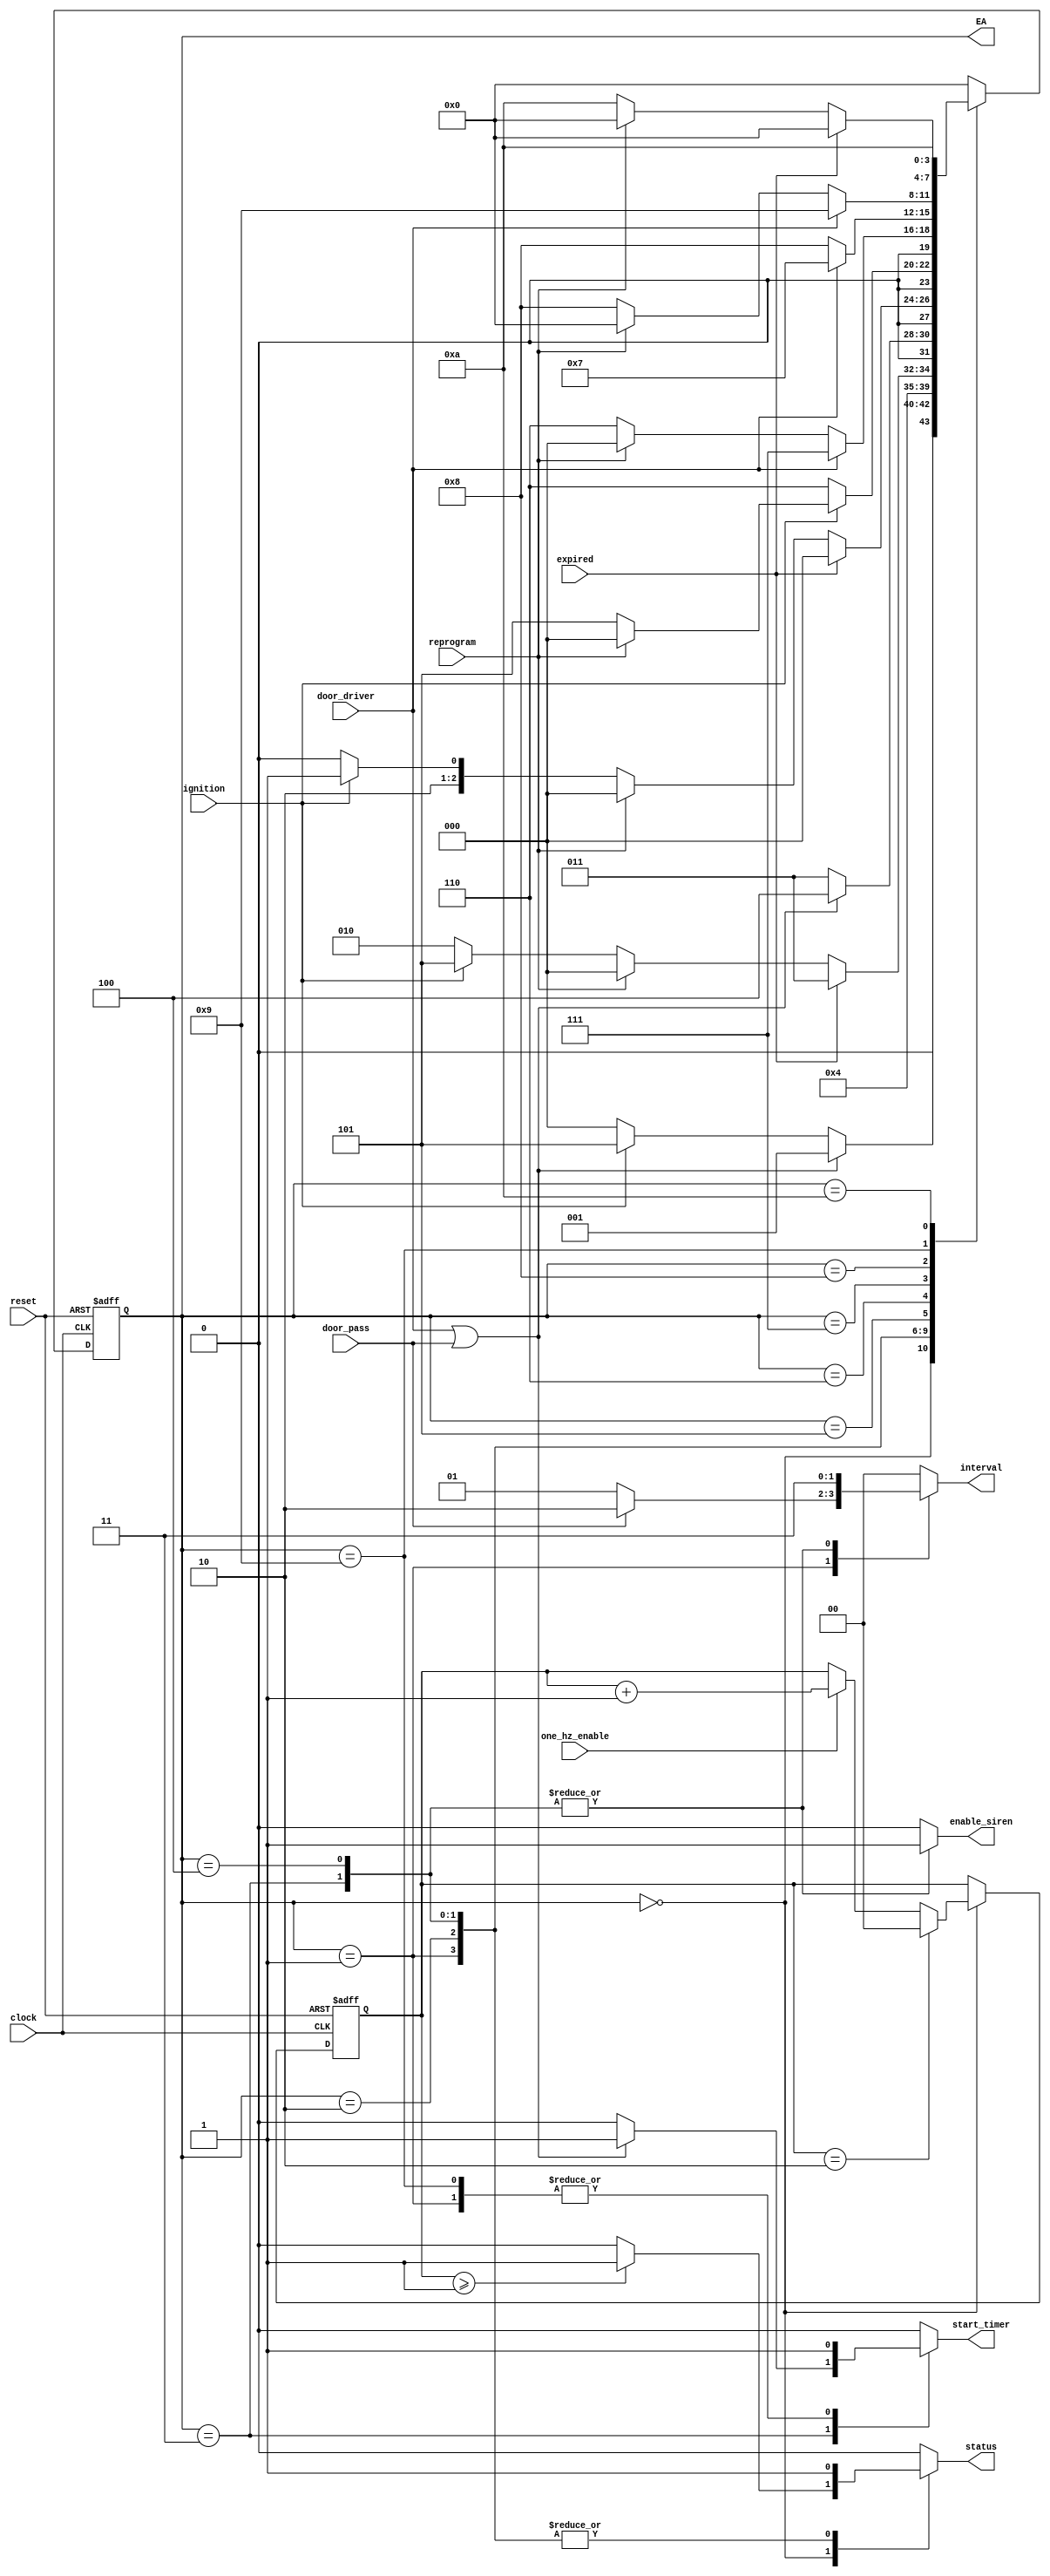
`define ARMED 4'b0000
`define TRIGGERED 4'b0001
`define WAIT_EXPIRED_TRIG 4'b0010
`define ACTIVATE_ALARM 4'b0011
`define WAIT_EXPIRED_ALARM 4'b0100
`define DISARMED 4'b0101
`define WAIT_OPEN 4'b0110
`define WAIT_INTERMED 4'b0111
`define WAIT_CLOSE 4'b1000
`define TRIG_TIME_ARM 4'b1001
`define WAIT_TIME_ARM 4'b1010

module fsm (
    input clock, reset,
    input ignition, door_driver, door_pass, reprogram, expired, one_hz_enable,
    output reg status, enable_siren, start_timer,
    output reg [1:0] interval,
    output reg [3:0] EA
);

reg [3:0] PE;
reg [1:0] aux;
reg door_aux;

always @(posedge clock, posedge reset) begin
    if (reset) begin
        EA <= `ARMED;
        aux <= 2'b00;
    end
    else begin
        EA <= PE;
        if (EA == `ARMED) begin
            if (aux == 2'b10) begin
                aux <= 2'b00;
            end
            else if (one_hz_enable) begin
                aux <= aux + 1;
            end
        end
    end    
end

always @(*) begin
    case (EA)

        `ARMED: begin
            if (door_pass || door_driver) begin
                PE = `TRIGGERED;
            end
            else if (ignition) begin
                PE = `DISARMED;
            end
            else begin
                PE = `ARMED;
            end    
        end

        `TRIGGERED: begin
            PE = `WAIT_EXPIRED_TRIG;
        end

        `WAIT_EXPIRED_TRIG: begin
            if (expired) begin
                PE = `ACTIVATE_ALARM;
            end
            else if (reprogram) begin
                PE = `ARMED;
            end
            else if (ignition) begin
                PE = `DISARMED;
            end
            else begin
                PE = `WAIT_EXPIRED_TRIG;
            end                        
        end 

        `ACTIVATE_ALARM: begin
            if (door_driver || door_pass) begin
                PE = `WAIT_EXPIRED_ALARM;
            end
            else begin
                PE = `ACTIVATE_ALARM;
            end
        end

        `WAIT_EXPIRED_ALARM: begin
            if (expired) begin
                PE = `ARMED;
            end
            else if (reprogram) begin
                PE = `ARMED;
            end            
            else if (ignition) begin
                PE = `DISARMED;
            end
            else begin
                PE = `WAIT_EXPIRED_ALARM;
            end   
        end

        `DISARMED: begin
            if (!ignition) begin
                PE = `WAIT_OPEN;
            end
            else if (reprogram) begin
                PE = `ARMED;
            end            
            else begin
                PE = `DISARMED;
            end
        end          

        `WAIT_OPEN: begin
            if (door_driver) begin
                PE = `WAIT_INTERMED;
            end
            else if (reprogram) begin
                PE = `ARMED;
            end            
            else begin
                PE = `WAIT_OPEN;
            end
        end

        `WAIT_INTERMED: begin
            if (!door_driver) begin
                PE = `WAIT_CLOSE;
            end           
            else begin
                PE = `WAIT_INTERMED;
            end            
        end

        `WAIT_CLOSE: begin
            if (door_driver) begin
                PE = `TRIG_TIME_ARM;
            end
            else if (reprogram) begin
                PE = `ARMED;
            end            
            else begin
                PE = `WAIT_CLOSE;
            end
        end

        `TRIG_TIME_ARM: begin
            PE = `WAIT_TIME_ARM;
        end        

        `WAIT_TIME_ARM: begin
            if (expired) begin
                PE = `ARMED;
            end
            else if (reprogram) begin
                PE = `ARMED;
            end
            else begin
                PE = `WAIT_TIME_ARM;
            end
        end

        default: PE = `ARMED;

    endcase 
end

always @(*) begin
    case (EA)

        `ARMED: begin
            if (aux >= 2'b01) begin
                status = 1'b1;
            end
            else begin
                status = 1'b0;
            end
            enable_siren = 1'b0;
            start_timer = 1'b0;
            interval = 2'b00;
        end

        `TRIGGERED: begin
            if (door_pass) begin
                interval = 2'b10;
            end
            else begin
                interval = 2'b01;
            end
            status = 1'b1;
            enable_siren = 1'b0;
            start_timer = 1'b1;
        end
        
        `WAIT_EXPIRED_TRIG: begin
            enable_siren = 1'b0;
            start_timer = 1'b0;
            interval = 2'b00;
            status = 1'b1;    
        end

        `ACTIVATE_ALARM: begin
            if (door_driver || door_pass) begin
                start_timer = 1'b1;
            end
            else begin
                start_timer = 1'b0;
            end
            status = 1'b1;
            enable_siren = 1'b1;
            interval = 2'b11;
        end
        
        `WAIT_EXPIRED_ALARM: begin
            status = 1'b1;
            enable_siren = 1'b1;
            start_timer = 1'b0;
            interval = 2'b11;    
        end

        `DISARMED: begin
            status = 1'b0;
            enable_siren = 1'b0;
            start_timer = 1'b0;
            interval = 2'b00;
        end          

        `WAIT_OPEN: begin
            status = 1'b0;
            enable_siren = 1'b0;
            start_timer = 1'b0;
            interval = 2'b00;
        end
        
        `WAIT_INTERMED: begin
            status = 1'b0;
            enable_siren = 1'b0;
            start_timer = 1'b0;
            interval = 2'b00;
        end

        `WAIT_CLOSE: begin
            status = 1'b0;
            enable_siren = 1'b0;
            start_timer = 1'b0;
            interval = 2'b00;
        end

        `TRIG_TIME_ARM: begin
            status = 1'b0;
            enable_siren = 1'b0;
            start_timer = 1'b1;
            interval = 2'b00;
        end      
 
        `WAIT_TIME_ARM: begin
            status = 1'b0;
            enable_siren = 1'b0;
            start_timer = 1'b0;
            interval = 2'b00;
        end
                
        default: begin
            status = 1'b0;  
            enable_siren = 1'b0;
            start_timer = 1'b0;
            interval = 2'b00;
        end
        
    endcase 
end

endmodule